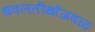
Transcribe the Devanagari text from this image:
धवलतीर्थाजवळ